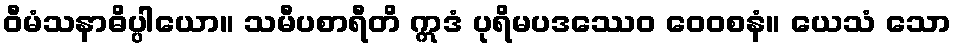
ဝီမံသနာဓိပ္ပါယော။ သမီပစာရီတိ ဣဒံ ပုရိမပဒဿေဝ ဝေဝစနံ။ ယေသံ သော